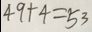
4 9 + 4 = 5 3